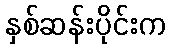
နှစ်ဆန်းပိုင်းက